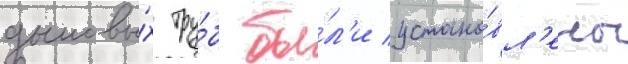
дымовы́х тру́б бы́л'и устано́вл'ены